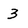
Character: 3